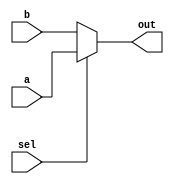
`timescale 1ns / 1ps
//////////////////////////////////////////////////////////////////////////////////
// Company: 
// Engineer: 
// 
// Design Name: 
// Module Name: two_one_mux
// Project Name: 
// Target Devices: 
// Tool Versions: 
// Description: 
// 
// Dependencies: 
// 
// Revision:
// Revision 0.01 - File Created
// Additional Comments:
// 
//////////////////////////////////////////////////////////////////////////////////


module two_one_mux(
    input a,
    input b,
    input sel,
    output out
    );
    
    assign out = sel? a:b;
endmodule